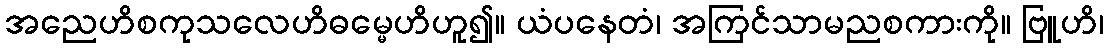
အညေဟိစကုသလေဟိဓမ္မေဟိဟူ၍။ ယံပနေတံ၊ အကြင်သာမညစကားကို။ ဗြူဟိ၊